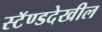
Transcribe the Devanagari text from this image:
स्टॅण्डदेखील